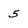
Character: 5